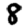
Digit: 8